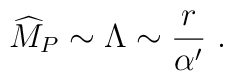
{\widehat M}_P\sim \Lambda\sim {r\over\alpha^\prime}~.